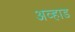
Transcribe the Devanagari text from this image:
अव्हाड